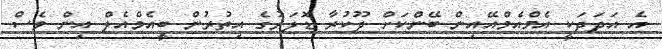
އެ އަދަދަކީ އެމްއެމްއޭއިން ބޭންކަށް ދޫކުރާ ޑޮލަރުގެ އިތުރުން ބީއެމްއެލް އިން ވެސް